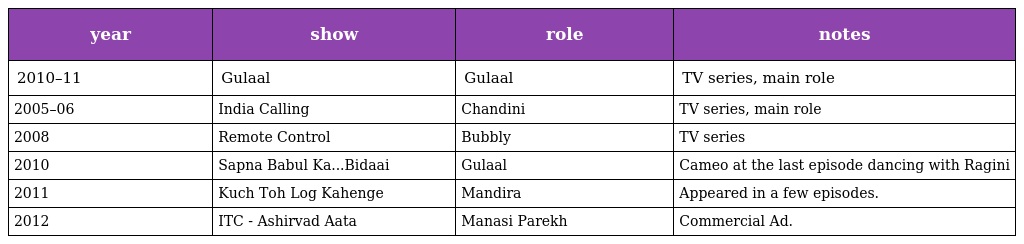
| year | show | role | notes |
 | --- | --- | --- | --- |
 | 2010–11 | Gulaal | Gulaal | TV series, main role |
 | 2005–06 | India Calling | Chandini | TV series, main role |
 | 2008 | Remote Control | Bubbly | TV series |
 | 2010 | Sapna Babul Ka...Bidaai | Gulaal | Cameo at the last episode dancing with Ragini |
 | 2011 | Kuch Toh Log Kahenge | Mandira | Appeared in a few episodes. |
 | 2012 | ITC - Ashirvad Aata | Manasi Parekh | Commercial Ad. |